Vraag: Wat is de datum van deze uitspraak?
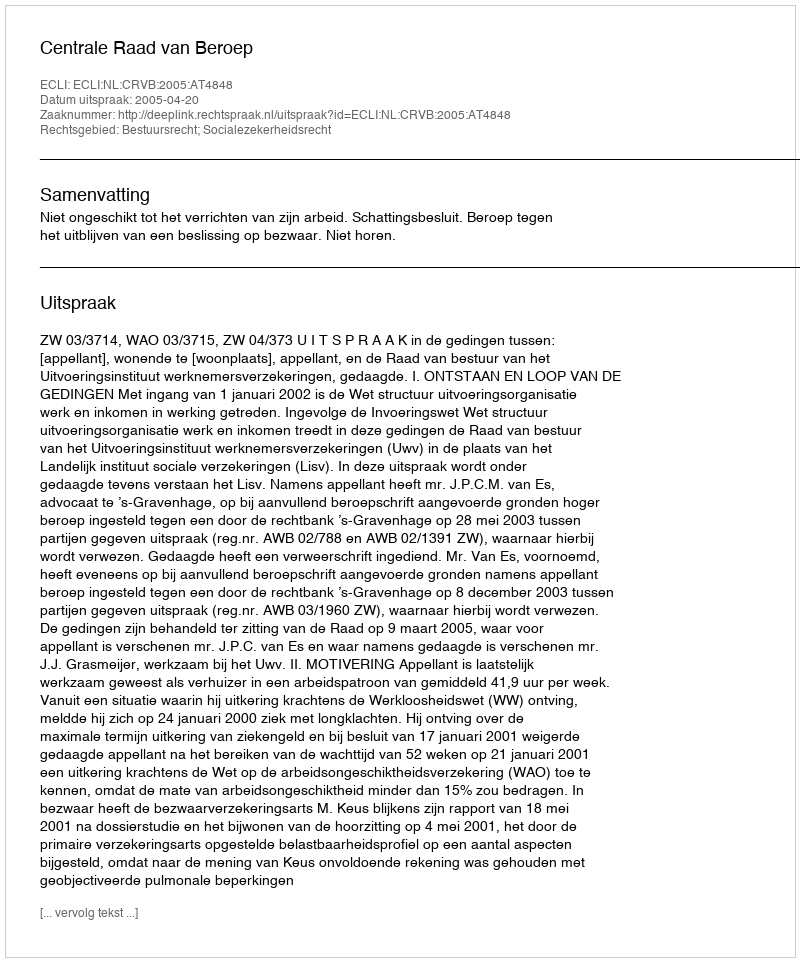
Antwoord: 2005-04-20